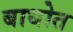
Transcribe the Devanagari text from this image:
बाधोत